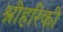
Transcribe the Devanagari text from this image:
श्रीहरिकी